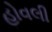
હોવલી